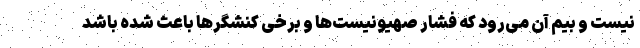
نیست و بیم آن می‌رود که فشار صهیونیست‌ها و برخی کنشگرها باعث شده باشد